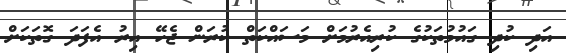
އަދި ކުދި ގައުމުތަކުގެ ކުރިއެރުމަށް މަސައްކަތް ކުރަން ޖެހޭ އިރު އެފަދަ ގޮތަކަށް